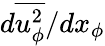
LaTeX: d\overline{{u_{\phi}^{2}}}/dx_{\phi}